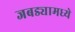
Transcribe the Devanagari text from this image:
जबड्यामध्ये